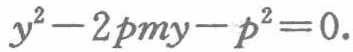
\(y^{2}-2pmy - p^{2}=0.\)